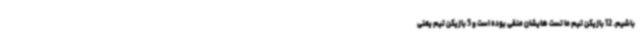
باشیم. 12 بازیکن تیم ما تست هایشان منفی بوده است و 5 بازیکن تیم یعنی